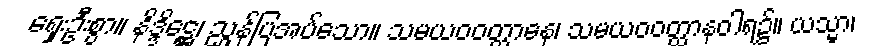
ရှေးဦးစွာ။ နိဒ္ဒိဋ္ဌေ၊ ညွှန်ပြအပ်သော။ သမယဝဝတ္ထာနေ၊ သမယဝဝတ္ထာနဝါရ၌။ ယသ္မာ၊